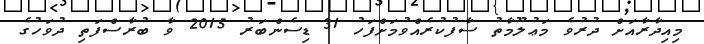
މިއިދާރާއަށް ދުރުވެ މަޢުލޫމާތު ސާފުކުރެއްވުމަށްފަހު 31 ޑިސެންބަރު 2015 ވާ ބުރާސްފަތި ދުވަހުގެ